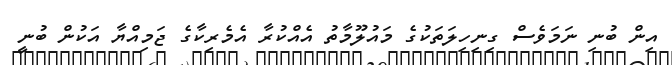
އިން ބުނި ނަމަވެސް ގިނިހިލަތަކުގެ މައުލޫމާތު އެއްކުރާ އެމެރިކާގެ ޖަމިއްޔާ އަކުން ބުނީ